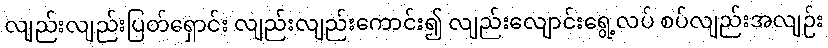
လျည်းလျည်းပြတ်ရှောင်း လျည်းလျည်းကောင်း၍ လျည်းလျောင်းရွေ့လပ် စပ်လျည်းအလျဉ်း